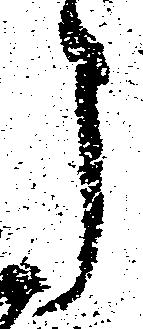
う